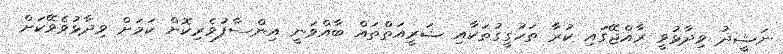
ނަޝީދު ވިދާޅުވީ ރާއްޖޭގައި ކުރާ ތަހުގީގުތަކާއި ޝަރީއަތްތައް ބާއްވަނީ އިންސާފުވެރިކޮށް ކަމަށް ވިދާޅުވެވޭކަށް